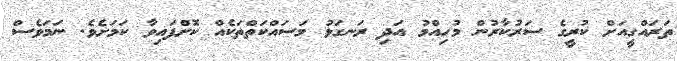
ތަރައްގީއަށް ކުރީގެ ސަރުކާރުން މުހިއްމު އަދި ރަނގަޅު މަސައްކަތްތަކެއް ކޮށްފައިވާ ކަމަށެވެ. ނަމަވެސް